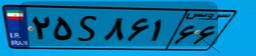
۵۴S۱۴۴۴۵